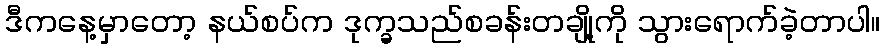
ဒီကနေ့မှာတော့ နယ်စပ်က ဒုက္ခသည်စခန်းတချို့ကို သွားရောက်ခဲ့တာပါ။